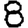
Digit: 8